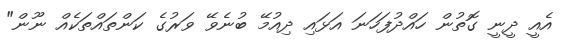
އެއީ ދީނީ ގޮތުން ހައްދުފަހަނަ އަޅައި ދިއުމޭ ބުނެވޭ ވަރުގެ ކަންތައްތަކެއް ނޫން"